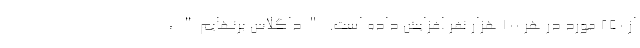
از 250 مورد در هر 100 هزار نفر افزایش داده است. "داگلاس برنهایم" ،